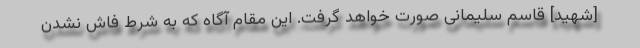
[شهید] قاسم سلیمانی صورت خواهد گرفت. این مقام آگاه که به شرط فاش نشدن